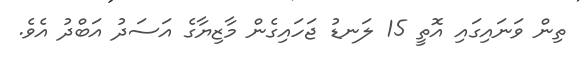
ތިން ވަނައިގައި އޮތީ 15 ލަނޑު ޖަހައިގެން މާޒިޔާގެ އަސަދު އަބްދު އެވެ.